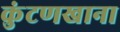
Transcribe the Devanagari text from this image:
कुंटणखाना